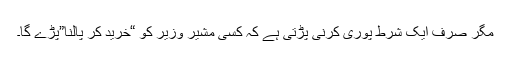
مگر صرف ایک شرط پوری کرنی پڑتی ہے کہ کسی مشیر وزیر کو “خرید کر پالنا”پڑے گا۔